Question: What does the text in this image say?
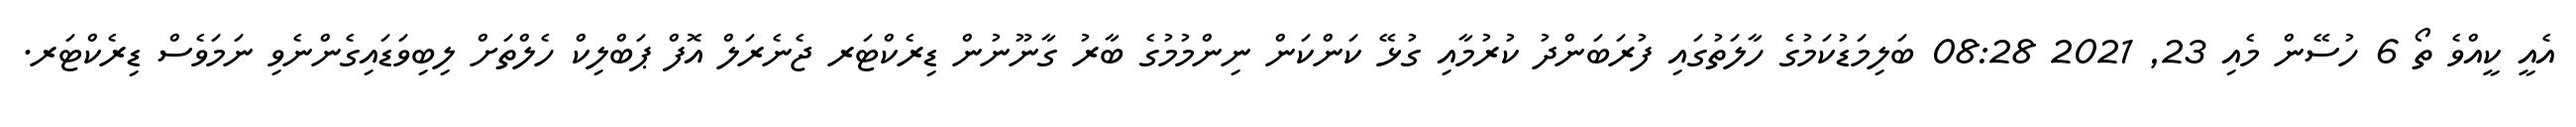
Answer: އެއީ ކީއްވެ ތޯ 6 ހުސޭން މެއި 23, 2021 08:28 ބަލިމަޑުކަމުގެ ހާލަތުގައި ފުރަބަންދު ކުރުމާއި ގުޅޭ ކަންކަން ނިންމުމުގެ ބާރު ގާނޫނުން ޑިރެކްޓަރ ޖެނެރަލް އޮފް ޕަބްލިކް ހެލްތަށް ލިބިވަޑައިގެންނެވި ނަމަވެސް ޑިރެކްޓަރ.